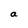
Character: a